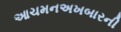
આચમનઅખબારની